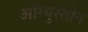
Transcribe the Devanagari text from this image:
ऑग्युस्तीन